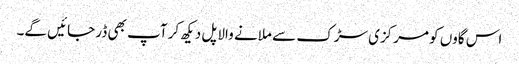
اس گاوں کو مرکزی سڑک سے ملانے والا پل دیکھ کر آپ بھی ڈر جائیں گے۔